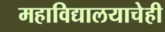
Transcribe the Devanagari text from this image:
महाविद्यालयाचेही